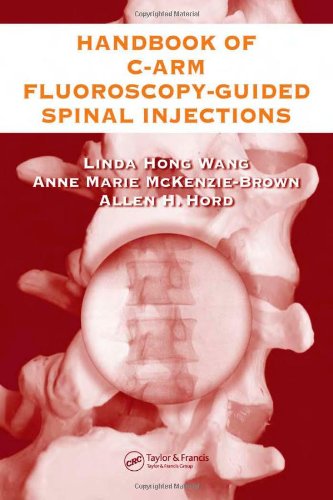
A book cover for The Handbook of C-Arm Fluoroscopy-Guided Spinal Injections; Linda Hong Wang; Medical Books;